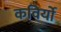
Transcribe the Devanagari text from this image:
कविर्यो